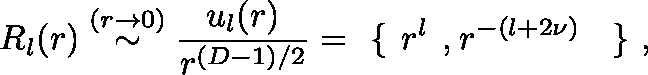
R _ { l } ( r ) \stackrel { ( r \rightarrow 0 ) } { \sim } \frac { u _ { l } ( r ) } { r ^ { ( { D } - 1 ) / 2 } } = \mathrm { \boldmath \large ~ \left\{ ~ \right. ~ } \! \! \! r ^ { l } \mathrm { \boldmath \large ~ , ~ } \! r ^ { - ( l + 2 \nu ) } \mathrm { \boldmath \large ~ \left. ~ \right\} ~ } \! \! \; ,